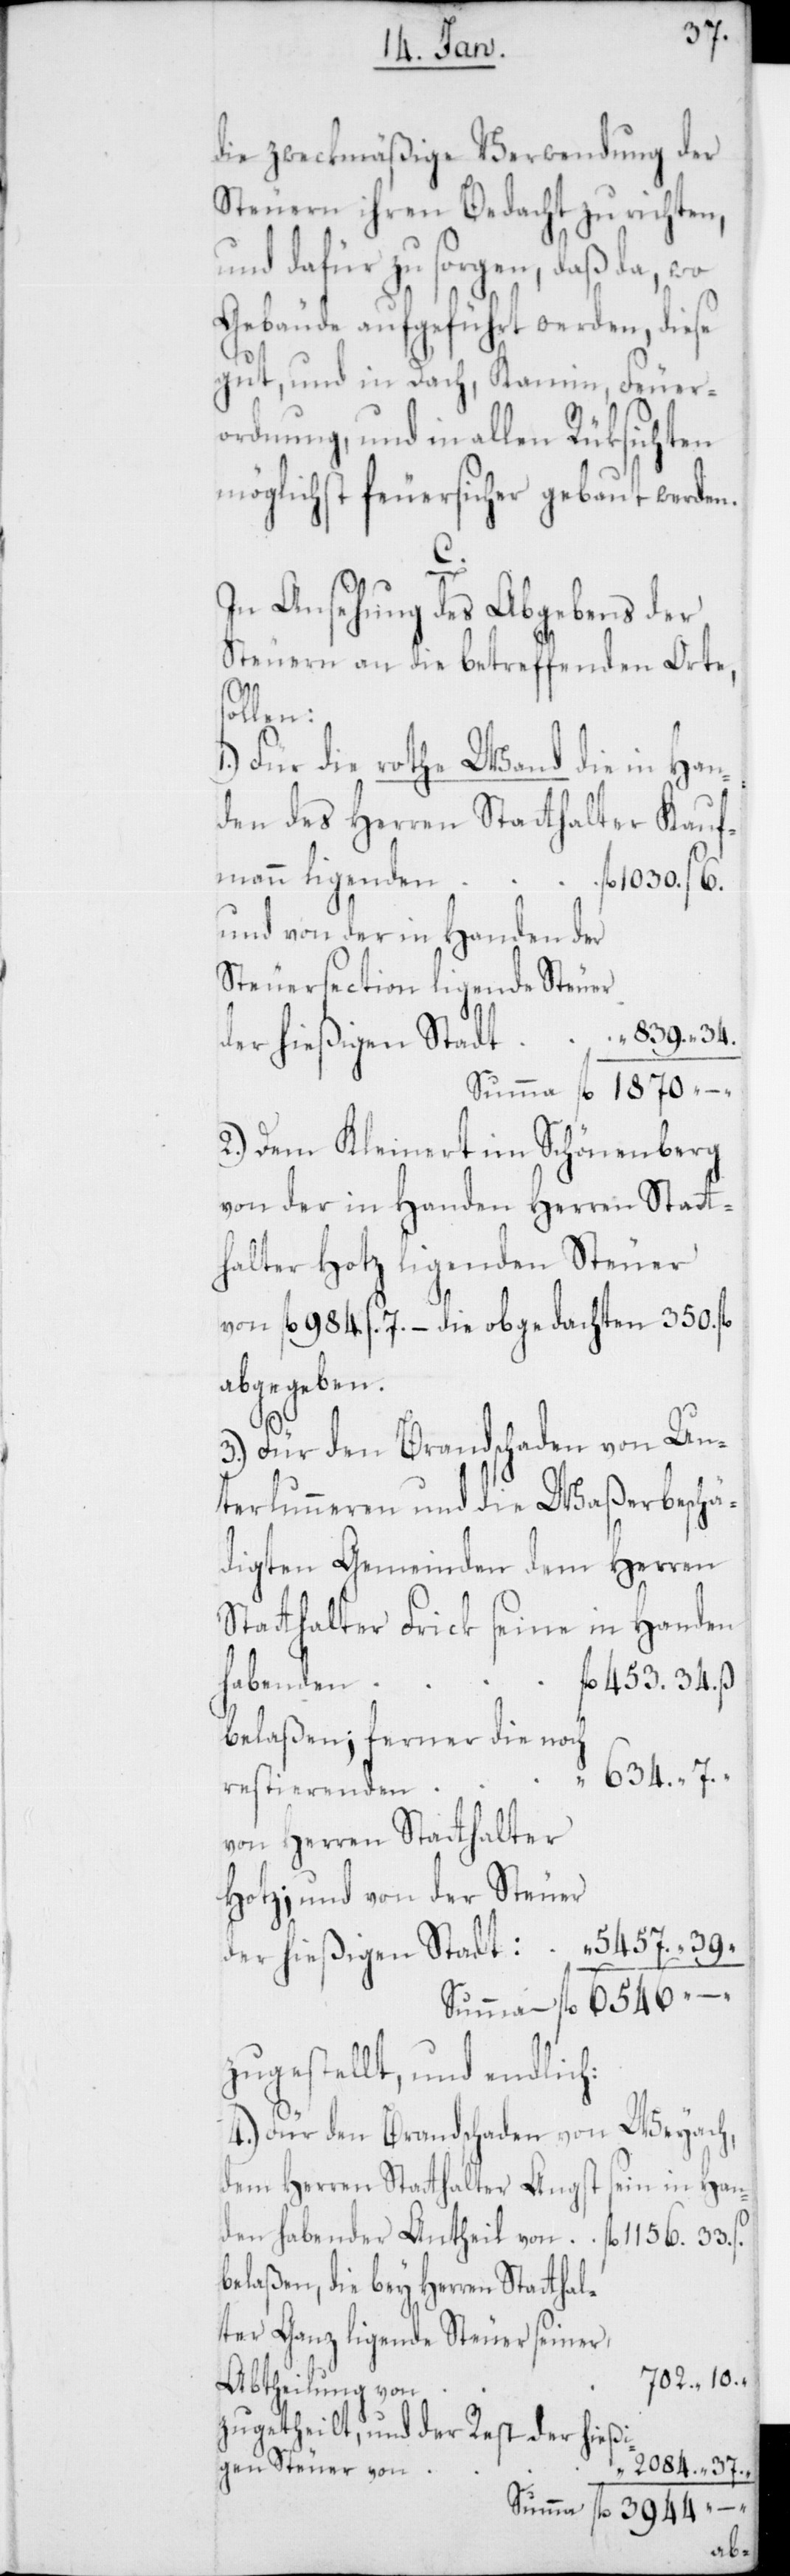
37.
die zweckmäßige Verwendung der
Steuern ihren Bedacht zu richten,
und dafür zu sorgen, daß da, wo
Gebäude aufgeführt werden, diese
gut, und in Dach, Kamin, Feuer¬
ordnung, und in allen Rücksichten
möglichst feuersicher gebaut werden.
In Ansehung des Abgebens der
Steuern an die betreffenden Orte,
den
1.) Für die rothe Wand die in Han¬
den des Herren Statthalter Kauf¬
und von der in Handen der
Steuersection ligende Steuer
der hießigen Stadt:
2.) Dem Kleinert im Schönenberg
von der in Handen Herren Statt¬
halter Hotz ligenden Steuer
von fl. 984 s. 7 – die obgedachten 350. fl.
abgegeben.
10.
3.) Für den Brandschaden von Un¬
terlunnern und die Waßerbeschä¬
digten Gemeinden dem Herren
Statthalter Frick seine in Handen
habender
belaßen; ferner die noch
von Herren Statthalter
Hotz; und von der Steuer
zugestellt, – und endlich:
4.) Für den Brandschaden von Weyach,
dem Herren Statthalter Angst sein in Han¬
belaßen, die bey Herren Statthal¬
ter Ganz ligende Steuer seiner,
Abtheilung von
zugetheilt, und der Rest der hießi¬
gen Steuer von